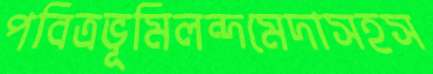
পবিত্রভূমিলন্দমেদাসহস